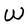
Character: W